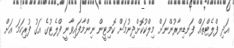
އަދި ފްލެޓްތައް ފަނޑިޔާރުންނަށް މިލްކުކޮށްދިނުމަށް ކޮމިޓީން ނިންމާފައިވާނީ ފްލެޓުގެ އަގު ފުރިހަމަ އަށް